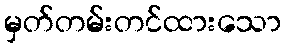
မှတ်တမ်းတင်ထားသော